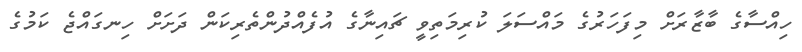
ހިއްސާގެ ބާޒާރަށް މިފަހަރުގެ މައްސަލަ ކުރިމަތިވީ ޗައިނާގެ އުފެއްދުންތެރިކަން ދަށަށް ހިނގައްޖެ ކަމުގެ